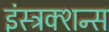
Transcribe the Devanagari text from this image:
इंस्ट्रक्शन्स